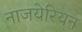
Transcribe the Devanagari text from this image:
नाजयेरियन